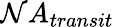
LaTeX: \mathcal{N}A_{transit}